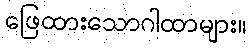
ဖြေထားသောဂါထာများ။